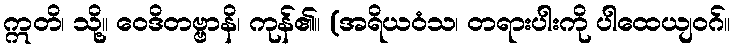
ဣတိ၊ သို့။ ဝေဒိတဗ္ဗာနိ၊ ကုန်၏။ (အရိယဝံသ၊ တရားပါးကို ပါထေယျဝဂ်။